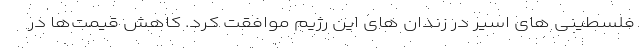
فلسطینی های اسیر در زندان های این رژیم موافقت کرد. کاهش قیمت‌ها در